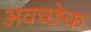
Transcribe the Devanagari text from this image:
अवच्छेक